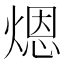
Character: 煾